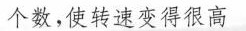
个数，使转速变得很高